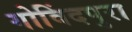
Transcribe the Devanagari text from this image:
गोविंदपुरा